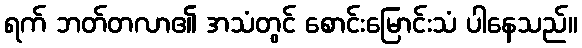
ရက် ဘတ်တလာ၏ အသံတွင် စောင်းမြောင်းသံ ပါနေသည်။